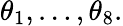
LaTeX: \theta_{1},\dots,\theta_{8}.